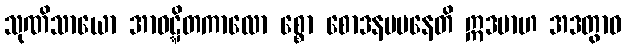
သုဏိသာယော အာဝဋ္ဋိတကာလော စ္စော စောဒနမပနေတိ ဣဒမာဟ အဒတွာဝ